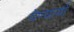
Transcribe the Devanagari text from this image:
येण्यार्या